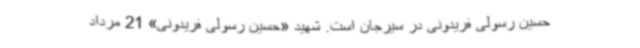
حسین رسولی فریدونی در سیرجان است. شهید «حسین رسولی فریدونی» 21 مرداد